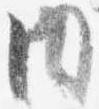
内